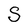
Character: S